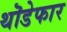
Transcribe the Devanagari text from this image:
थॊडेफार